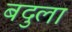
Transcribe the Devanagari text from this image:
बदुला